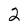
Character: 2